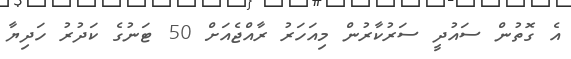
އެ ގޮތުން ސައުދީ ސަރުކާރުން މިއަަހަރު ރާއްޖެއަށް 50 ޓަނުގެ ކަދުރު ހަދިޔާ